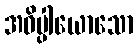
အဓိပ္ပါယောသော